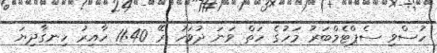
ހުސްވި ސެޕްޓެމްބަރު މަހުގެ ހަތް ވަނަ ދުވަހު ރޭ 11:40 ހާއިރު ހިނގާދިޔަ